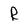
Character: R